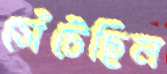
সেঁটেছিল